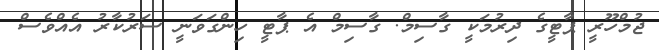
ޖުމްހޫރީ ޕާޓީގެ ދިރުމަކީ ގާސިމް. ގާސިމް އެ ޕާޓީ ހިންގަވަނީ ސަރުކާރު އެއްވެސް